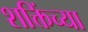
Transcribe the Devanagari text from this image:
शक्तिंच्या